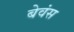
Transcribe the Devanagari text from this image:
बेवंस